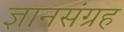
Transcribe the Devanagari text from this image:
ज्ञानसंग्रह